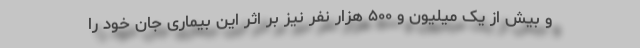
و بیش از یک میلیون و ۵۰۰ هزار نفر نیز بر اثر این بیماری جان خود را